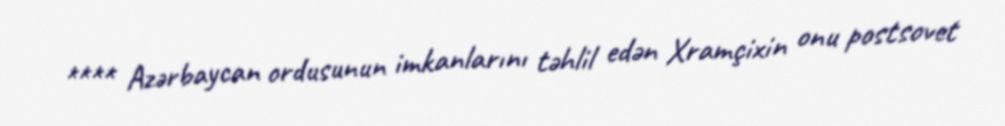
**** Azərbaycan ordusunun imkanlarını təhlil edən Xramçixin onu postsovet